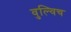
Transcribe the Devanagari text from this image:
वुल्विच